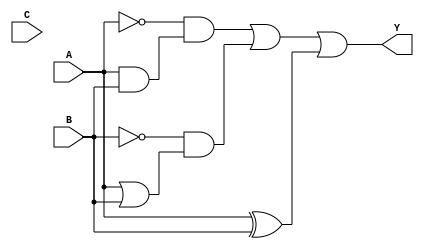
module complex_logic_gate(
    input wire A,
    input wire B,
    input wire C,
    output wire Y
);

    wire not_A;
    wire not_B;
    wire and_output;
    wire or_output;
    wire xor_output;

    assign not_A = ~A;
    assign not_B = ~B;
    assign and_output = A & B;
    assign or_output = A | B;
    assign xor_output = A ^ B;

    assign Y = (not_A & and_output) | (not_B & or_output) | xor_output;

endmodule